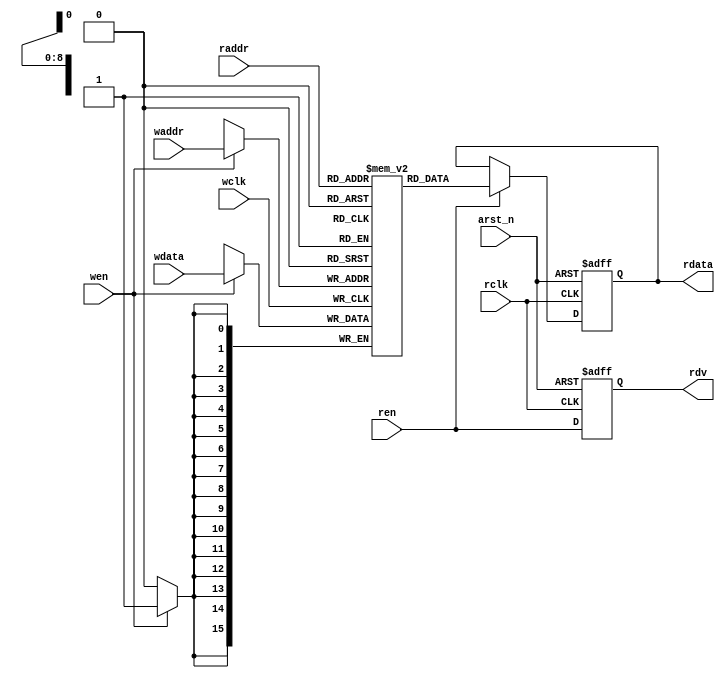

module dualport_ram # ( parameter AWIDTH = 9, parameter DWIDTH = 16 )
    (
        input                       arst_n,      // asynchronous reset
        input                       wclk,        // writing circuit's clock
        input                       wen,         // enable signal to register the write data to FIFO buffer
        input [AWIDTH-1:0]          waddr,       // write address for the FIFO buffer
        input [DWIDTH-1:0]          wdata,       // data to be written by the writing circuit

        input                       rclk,        // reading circuit's clock
        input                       ren,         // enable signal to update the read bus from FIFO buffer
        output reg                  rdv,         // data valid signal. Reading circuit can safely register the data on the data bus
        input       [AWIDTH-1:0]    raddr,       // read address for the FIFO buffer
        output reg [DWIDTH-1:0]     rdata        // data to be read by the reading circuit
    );



  reg [DWIDTH-1:0] mem [0:2**AWIDTH-1];          // the actual memory block

  always @(posedge wclk) 
      begin                                      // writing data to FIFO
        if (wen)
          mem[waddr] <= wdata;                  
      end

  always @(posedge rclk, negedge arst_n) 
      begin                                      // ckecking read data valid signal for putting read data on data bus
        if (!arst_n)
            rdv <= 1'b0;
        else
            rdv <= ren;
      end

  // assign rdata = mem[raddr];
  always @(posedge rclk, negedge arst_n) 
      begin                                      // reading data from FIFO
        if (!arst_n)
            rdata <= 1'b0;
        else if (ren)
            rdata <= mem[raddr];
      end


endmodule